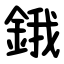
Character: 鋨